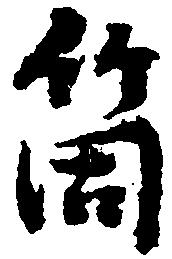
箇